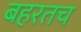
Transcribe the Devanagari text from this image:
बहरतच